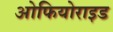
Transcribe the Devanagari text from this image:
ओफियोराइड